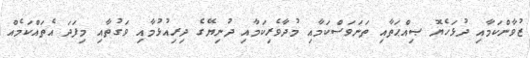
ޒުވާންކަމާއި ދުޅަހެޔޮ ޞިއްޙަތާއި ތަނަވަސްކަމާއި މުދާވެރިކަމާއި ދުނިޔޭގެ ދިރިއުޅުމާއި ވަގުތާއި މިފަދަ އެތައްކަމެއް